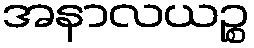
အနာလယဉ္စ